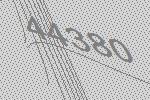
44380